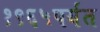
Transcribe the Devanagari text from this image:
१९६५पर्यंत